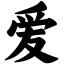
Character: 爱